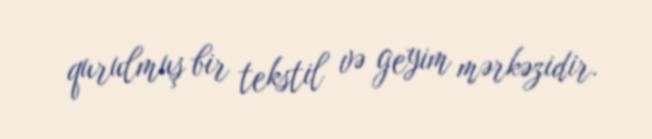
qurulmuş bir tekstil və geyim mərkəzidir.